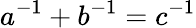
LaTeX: a^{-1}+b^{-1}=c^{-1}